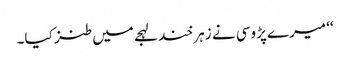
‘‘ میرے پڑوسی نے زہر خند لہجے میں طنز کیا۔